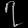
Digit: ၇